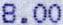
8.00